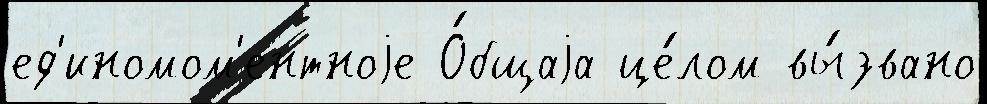
ед'иномом'ентноjе О́бщаjа це́лом вы́звано